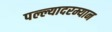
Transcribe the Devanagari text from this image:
पल्ल्यादरम्यान